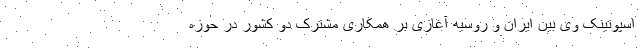
اسپوتینک وی بین ایران و روسیه آغازی بر همکاری مشترک دو کشور در حوزه